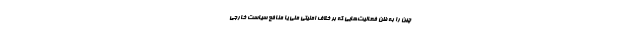
چین را به ظن فعالیت‌هایی که بر خلاف امنیتی ملی یا منافع سیاست خارجی